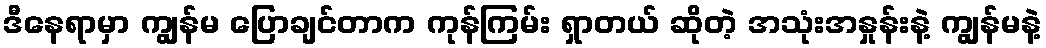
ဒီနေရာမှာ ကျွန်မ ပြောချင်တာက ကုန်ကြမ်း ရှာတယ် ဆိုတဲ့ အသုံးအနှုန်းနဲ့ ကျွန်မနဲ့